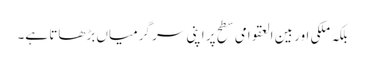
بلکہ ملکی اور بین العقوامی سطح پر اپنی سر گرمیاں بڑھاتا ہے۔